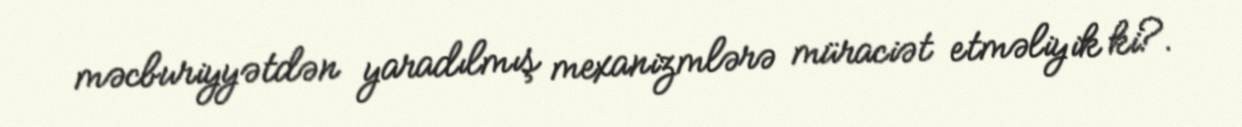
məcburiyyətdən yaradılmış mexanizmlərə müraciət etməliyik ki?.